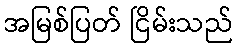
အမြစ်ပြတ် ငြိမ်းသည်